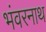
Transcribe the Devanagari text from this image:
भंवरनाथ